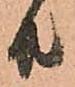
共